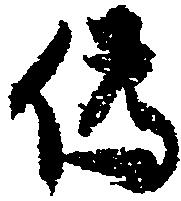
偽